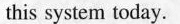
this system today.